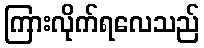
ကြားလိုက်ရလေသည်